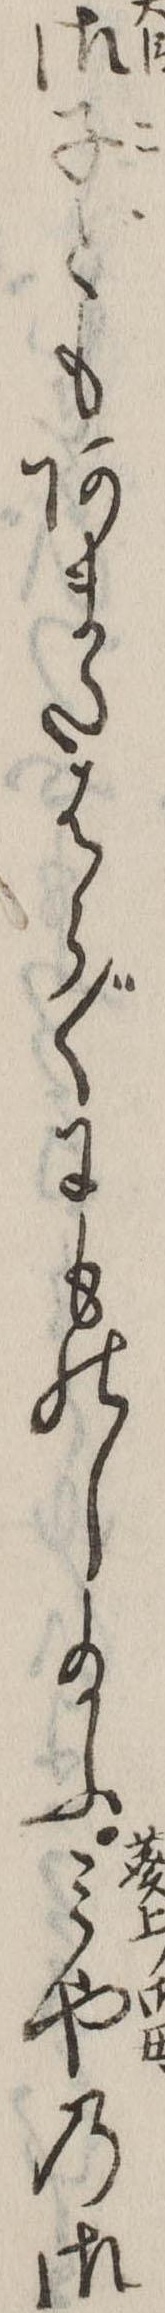
御子どもあまたはらぐにものし給ふみやの御